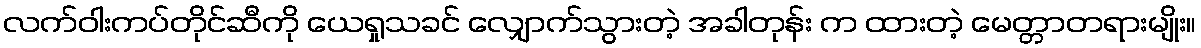
လက်ဝါးကပ်တိုင်ဆီကို ယေရှုသခင် လျှောက်သွားတဲ့ အခါတုန်း က ထားတဲ့ မေတ္တာတရားမျိုး။